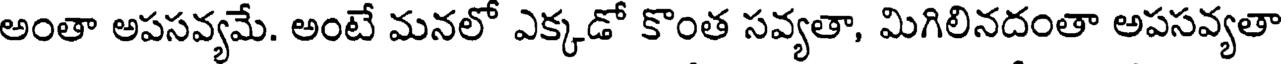
అంతా అపసవ్యమే. అంటే మనలో ఎక్కడో కొంత సవ్యతా, మిగిలినదంతా అపసవ్యతా